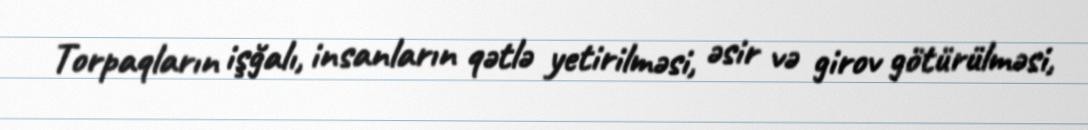
Torpaqların işğalı, insanların qətlə yetirilməsi, əsir və girov götürülməsi,